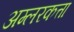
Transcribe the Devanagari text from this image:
अम्लरकत्ता